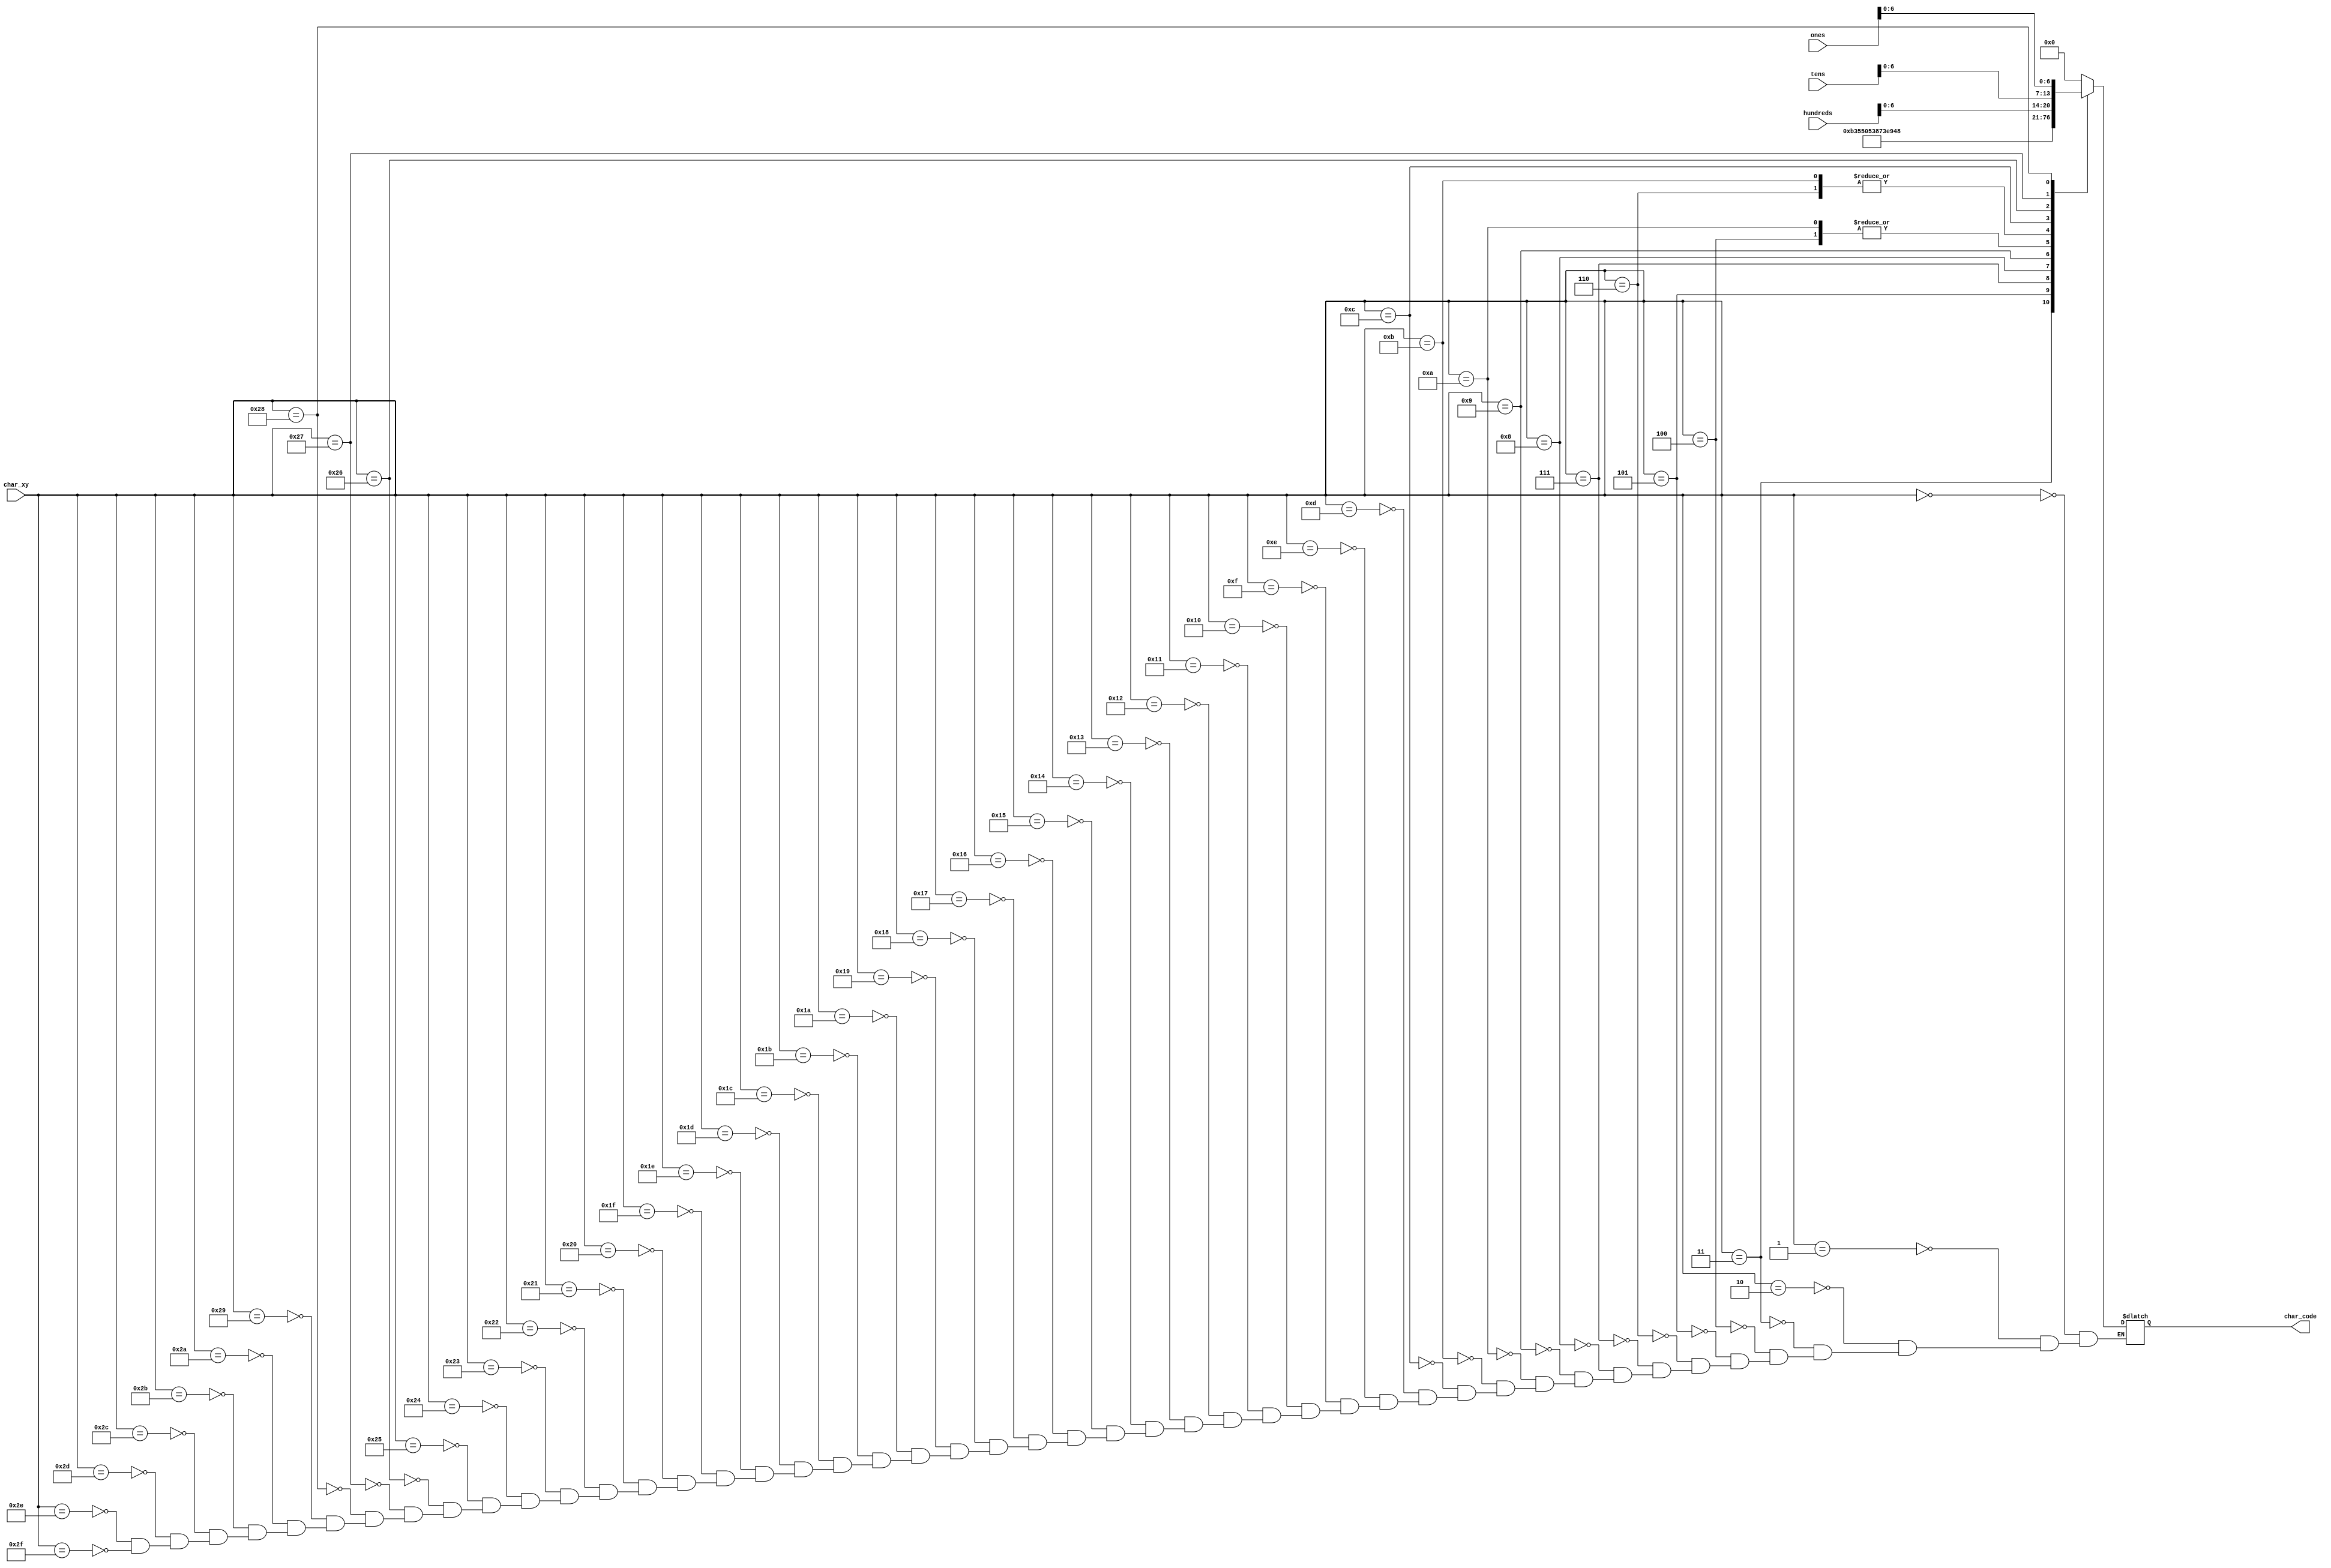
module char_end_score(
    input wire [7:0] char_xy,
    input wire [7:0] ones,
    input wire [7:0] tens,
    input wire [7:0] hundreds,
    
    output reg [6:0] char_code
    );
   
     reg [7:0] code_data;
                always @*   begin
                    char_code = code_data[6:0];
                end
                
                always @*   begin
                        case (char_xy)
                            //line 0               //      hex
                            8'h00: code_data = 8'h00;   
                            8'h01: code_data = 8'h00;   
                            8'h02: code_data = 8'h00;   
                            8'h03: code_data = "Y";   
                            8'h04: code_data = "O";   
                            8'h05: code_data = "U";   
                            8'h06: code_data = "R";    
                            8'h07: code_data = " ";   
                            8'h08: code_data = "S";   
                            8'h09: code_data = "C";      
                            8'h0a: code_data = "O";   
                            8'h0b: code_data = "R";   
                            8'h0c: code_data = "E";   
                            8'h0d: code_data = 8'h00;   
                            8'h0e: code_data = 8'h00;   
                            8'h0f: code_data = 8'h00;   
                            
                            //line 1                  //      hex
                            8'h10: code_data = 8'h00;   // 
                            8'h11: code_data = 8'h00;   // 
                            8'h12: code_data = 8'h00;   // 
                            8'h13: code_data = 8'h00;   // 
                            8'h14: code_data = 8'h00;   // 
                            8'h15: code_data = 8'h00;   // 
                            8'h16: code_data = 8'h00;   //  
                            8'h17: code_data = 8'h00;   // 
                            8'h18: code_data = 8'h00;  // 
                            8'h19: code_data = 8'h00;   //     
                            8'h1a: code_data = 8'h00;   // 
                            8'h1b: code_data = 8'h00;   // 
                            8'h1c: code_data = 8'h00;   // 
                            8'h1d: code_data = 8'h00;   // 
                            8'h1e: code_data = 8'h00;   // 
                            8'h1f: code_data = 8'h00;   // 
                            //line 1                  //      hex
                            8'h20: code_data = 8'h00;   // 
                            8'h21: code_data = 8'h00;   // 
                            8'h22: code_data = 8'h00;   // 
                            8'h23: code_data = 8'h00;   // 
                            8'h24: code_data = 8'h00;   // 
                            8'h25: code_data = 8'h00;   // 
                            8'h26: code_data = hundreds;   //  
                            8'h27: code_data = tens;   // 
                            8'h28: code_data = ones;   // 
                            8'h29: code_data = 8'h00;   //     
                            8'h2a: code_data = 8'h00;   // 
                            8'h2b: code_data = 8'h00;   // 
                            8'h2c: code_data = 8'h00;   // 
                            8'h2d: code_data = 8'h00;   // 
                            8'h2e: code_data = 8'h00;   // 
                            8'h2f: code_data = 8'h00;   // 
                         
                        endcase
                end            
endmodule